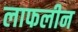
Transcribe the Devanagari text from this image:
लाफलीन